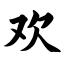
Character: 欢